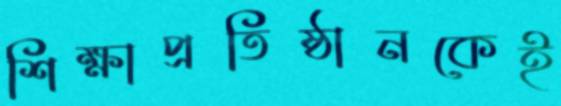
শিক্ষাপ্রতিষ্ঠানকেই